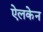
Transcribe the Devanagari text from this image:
ऐलकेन